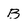
Character: B